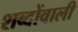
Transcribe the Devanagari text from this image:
शब्दोंवाली